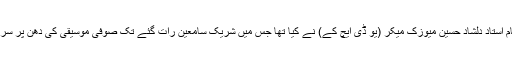
تقریب کا اہتمام استاد دلشاد حسین میوزک میکر (یو ڈی ایچ کے) نے کیا تھا جس میں شریک سامعین رات گئے تک صوفی موسیقی کی دھن پر سر دھنتے رہے۔